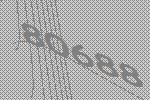
80688